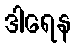
ဒါရေန